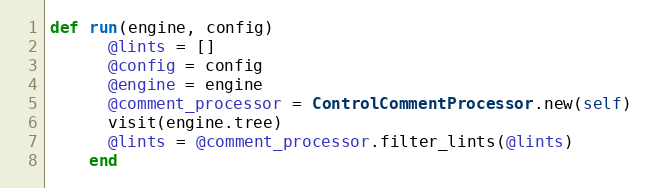
Language: Ruby
def run(engine, config)
      @lints = []
      @config = config
      @engine = engine
      @comment_processor = ControlCommentProcessor.new(self)
      visit(engine.tree)
      @lints = @comment_processor.filter_lints(@lints)
    end